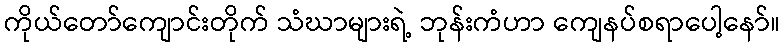
ကိုယ်တော်ကျောင်းတိုက် သံဃာများရဲ့ ဘုန်းကံဟာ ကျေနပ်စရာပေါ့နော်။